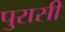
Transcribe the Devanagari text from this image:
पुरासी